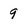
Character: 9